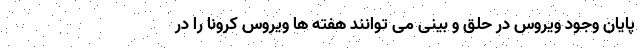
پایان وجود ویروس در حلق و بینی می توانند هفته ها ویروس کرونا را در